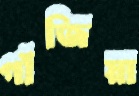
গাঁজিয়া